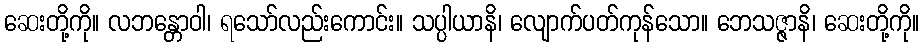
ဆေးတို့ကို။ လဘန္တောဝါ၊ ရသော်လည်းကောင်း။ သပ္ပါယာနိ၊ လျောက်ပတ်ကုန်သော။ ဘေသဇ္ဇာနိ၊ ဆေးတို့ကို။